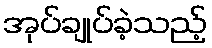
အုပ်ချုပ်ခဲ့သည့်